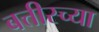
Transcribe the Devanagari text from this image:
बत्तीस्च्या